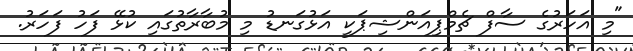
"މި އަހަރުގެ ސާފް ޗެމްޕިއަންޝިޕަކީ އަޅުގަނޑު މި މުބާރާތުގައި ކުޅޭ ފަހު ފަހަރު.